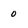
Character: 0